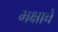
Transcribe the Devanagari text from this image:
भक्षाचे